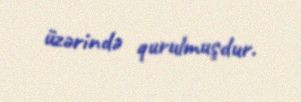
üzərində qurulmuşdur.